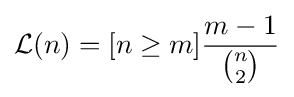
{\mathcal {L}}(n)=[n\geq m]{\frac {m-1}{\binom {n}{2}}}